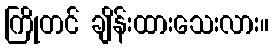
ကြိုတင် ချိန်းထားသေးလား။